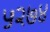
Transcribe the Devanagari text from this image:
५२७४